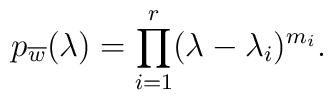
p_{\overline{w}}(\lambda )=\prod\limits_{i=1}^r(\lambda -\lambda _i)^{m_i}.